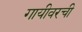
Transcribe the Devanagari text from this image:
गायीवरची